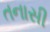
તનાસી